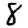
Digit: 8